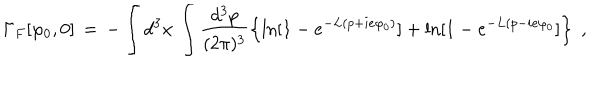
\Gamma _ { F } [ \varphi _ { 0 } , 0 ] \, = \, - \int d ^ { 3 } x \, \int \frac { d ^ { 3 } p } { ( 2 \pi ) ^ { 3 } } \left\{ \ln [ 1 - e ^ { - L ( p + i e \varphi _ { 0 } ) } ] + \ln [ 1 - e ^ { - L ( p - i e \varphi _ { 0 } } ] \right\} \; ,